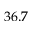
3 6 . 7